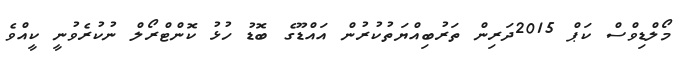
މޯލްޑިވްސް ކަޕް 2015ދަރިން ތަރުބިއްޔަތުކުރުން އައްޑޫގެ ބޮޑު ހުޅު ކޮންޓްރޯލް ނުކުރެވުނީ ކީއްވެ